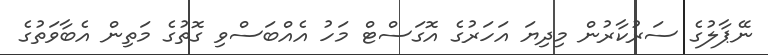
ނޭޕާލުގެ ސަރުކާރުން މިދިޔަ އަހަރުގެ އޮގަސްޓް މަހު އެއްބަސްވި ގޮތުގެ މަތިން އެބާވަތުގެ